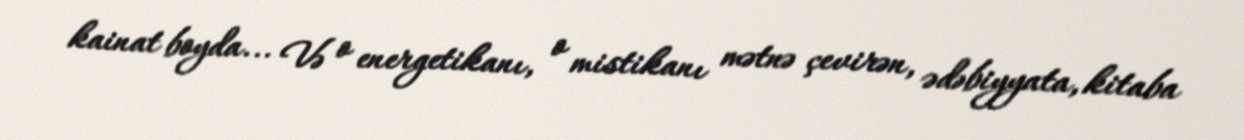
kainat boyda... Və o energetikanı, o mistikanı mətnə çevirən, ədəbiyyata, kitaba